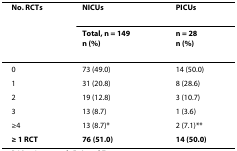
<table><thead><tr><td><b>No. RCTs</b></td><td><b>NICUs</b></td><td><b>PICUs</b></td></tr><tr><td></td><td><b>Total, n = 149n (%)</b></td><td><b>n = 28n (%)</b></td></tr></thead><tbody><tr><td>0</td><td>73 (49.0)</td><td>14 (50.0)</td></tr><tr><td>1</td><td>31 (20.8)</td><td>8 (28.6)</td></tr><tr><td>2</td><td>19 (12.8)</td><td>3 (10.7)</td></tr><tr><td>3</td><td>13 (8.7)</td><td>1 (3.6)</td></tr><tr><td>≥4</td><td>13 (8.7)*</td><td>2 (7.1)**</td></tr><tr><td><b>≥ 1 RCT</b></td><td><b>76 (51.0)</b></td><td><b>14 (50.0)</b></td></tr></tbody></table>